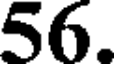
56.